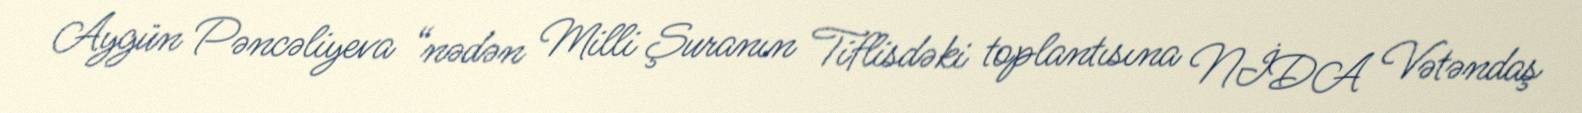
Aygün Pəncəliyeva “nədən Milli Şuranın Tiflisdəki toplantısına NİDA Vətəndaş